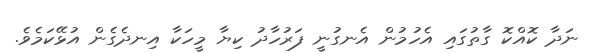
ނަދާ ކޮއްކޮ ގާތުގައި އެހުމުން އެނގުނީ ފަރުހާދު ކިޔާ މީހަކާ އިނދެގެން އުޅޭކަމެވެ.